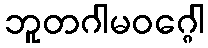
ဘူတဂါမဝဂ္ဂေါ